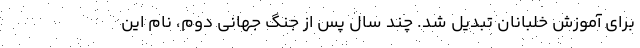
برای آموزش خلبانان تبدیل شد. چند سال پس از جنگ جهانی دوم، نام این